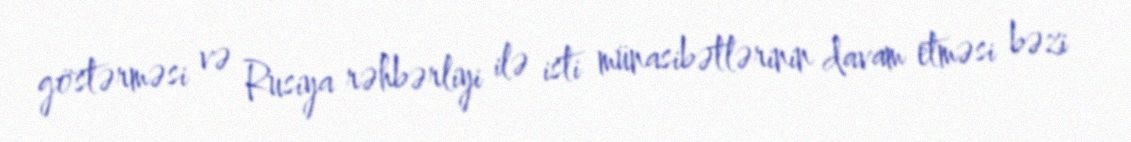
göstərməsi və Rusiya rəhbərliyi ilə isti münasibətlərinin davam etməsi bəzi